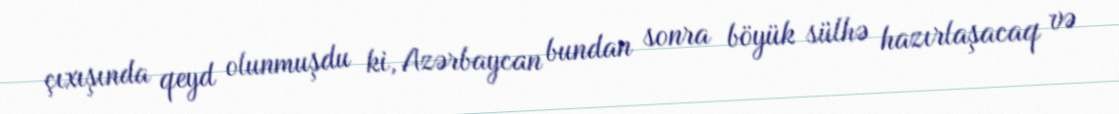
çıxışında qeyd olunmuşdu ki, Azərbaycan bundan sonra böyük sülhə hazırlaşacaq və